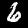
Digit: 6